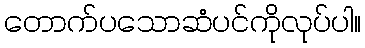
တောက်ပသောဆံပင်ကိုလုပ်ပါ။